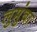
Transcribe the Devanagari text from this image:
लुमुंबा